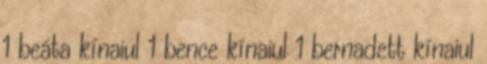
1 beáta kínaiul 1 bence kínaiul 1 bernadett kínaiul